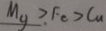
M _ { y } > F e > C u